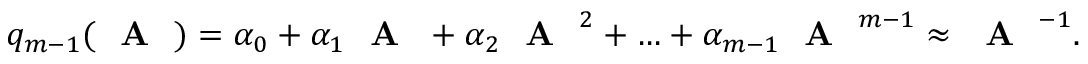
q _ { m - 1 } ( \textrm { \textbf { A } } ) = \alpha _ { 0 } + \alpha _ { 1 } \textrm { \textbf { A } } + \alpha _ { 2 } \textrm { \textbf { A } } ^ { 2 } + \ldots + \alpha _ { m - 1 } \textrm { \textbf { A } } ^ { m - 1 } \approx \textrm { \textbf { A } } ^ { - 1 } .